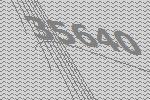
35640